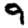
Digit: 9